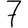
Digit: 7